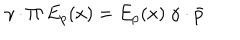
LaTeX: \gamma \cdot \Pi ~ E _ { p } ( x ) = E _ { p } ( x ) ~ \gamma \cdot \bar { p }